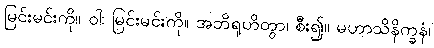
မြင်းမင်းကို။ ဝါ၊ မြင်းမင်းကို။ အဘိရုဟိတွာ၊ စီး၍။ မဟာသိနိက္ခနံ၊